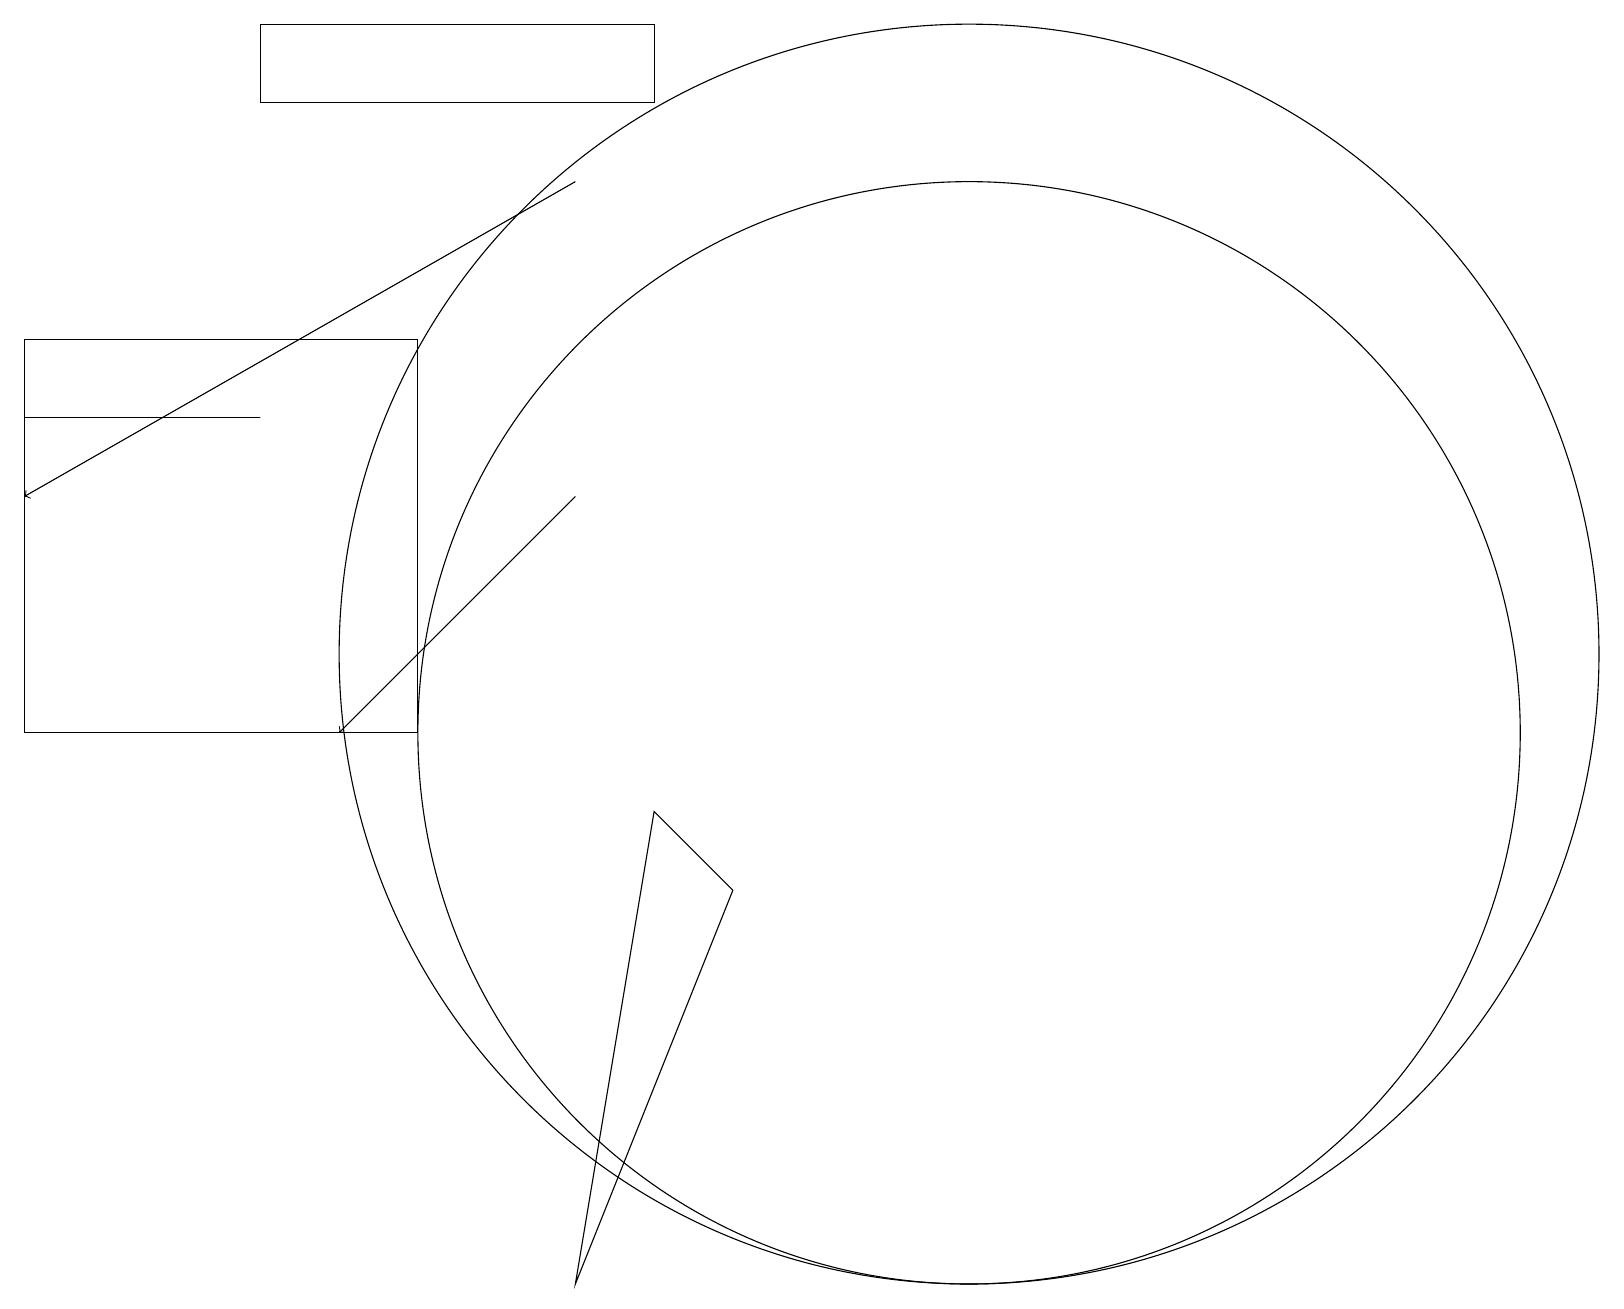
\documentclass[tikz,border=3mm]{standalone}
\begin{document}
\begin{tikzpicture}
\draw[->] (7,13) -- (4,10);
\draw (12,11) circle (8);
\draw (9,8) -- (7,3) -- (8,9) -- cycle;
\draw (0,15) rectangle (5,10);
\draw[->] (7,17) -- (0,13);
\draw (3,14) rectangle (0,14);
\draw (12,10) circle (7);
\draw (8,19) rectangle (3,18);
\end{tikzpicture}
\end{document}